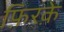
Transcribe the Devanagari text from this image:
फ़िरक़े